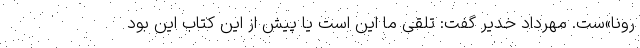
رونا»ست. مهرداد خدیر گفت: تلقی ما این است یا پیش از این کتاب این بود